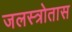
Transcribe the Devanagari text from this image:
जलस्त्रोतास